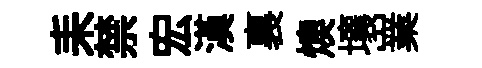
耒禁宏漢裏燠壤嶪